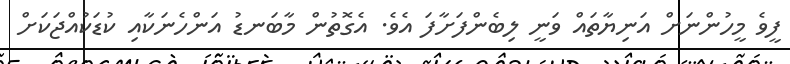
ފީވެ މީހުންނަށް އަނިޔާތައް ވަނީ ލިބެންފަށާފަ އެވެ. އެގޮތުން މާބަނޑު އަންހެނަކާއި ކުޑަކުއްޖަކަށް